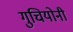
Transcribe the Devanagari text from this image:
गुचियोनी